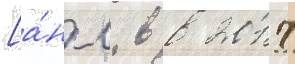
[а́нгл. в в 2017